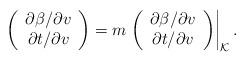
LaTeX: \begin{align*} \left(\begin{array}{c} \partial\beta/\partial v\\ \partial t/\partial v \end{array}\right)=m\left.\left(\begin{array}{c} \partial\beta/\partial v\\ \partial t/\partial v \end{array}\right)\right|_\mathcal{K}.\end{align*}